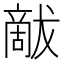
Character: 𰡦